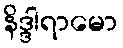
နိဒ္ဒါရာမော